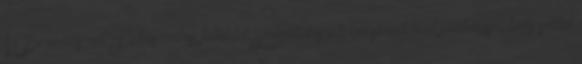
Az Euronews-ról Felhasználási feltételek Szolgáltatásaink igénybevételével jóváhagyja, hogy sütiket